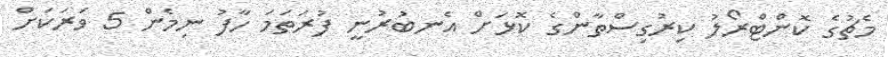
މެޗުގެ ކޮންޓްރޯލު ކިރުގިސްތާންގެ ކޮޅަށް އެނބުރުނީ ފުރަތަމަ ހާފު ނިމެން 5 ވަރަކަށް